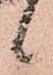
候